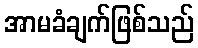
အာမခံချက်ဖြစ်သည်